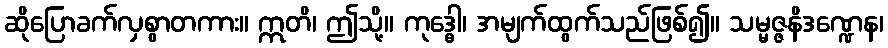
ဆိုပြောခက်လှစွာတကား။ ဣတိ၊ ဤသို့။ ကုဒ္ဓေါ၊ အမျက်ထွက်သည်ဖြစ်၍။ သမ္မဇ္ဇနိဒဏ္ဍေန၊